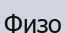
Физо